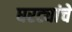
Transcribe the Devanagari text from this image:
घरट्यांचे